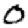
Digit: 0